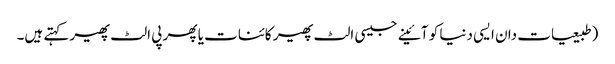
(طبیعیات دان ایسی دنیا کو آئینے جیسی الٹ پھیر کائنات یا پھر پی الٹ پھیر کہتے ہیں۔